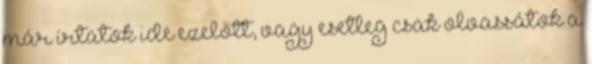
már írtatok ide ezelőtt, vagy esetleg csak olvassátok a